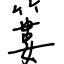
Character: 簍